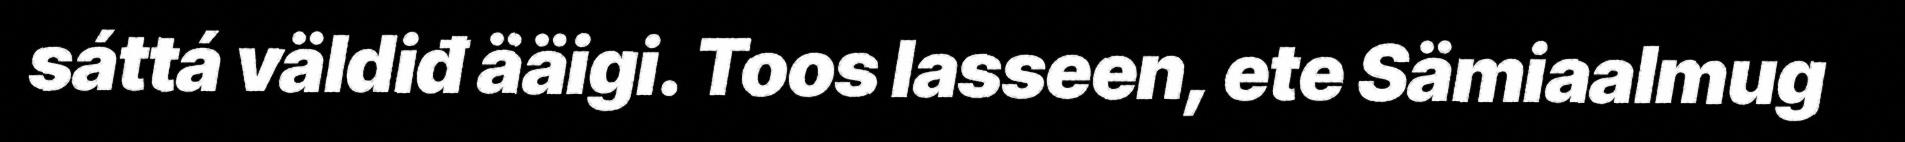
sáttá väldiđ ääigi. Toos lasseen, ete Sämiaalmug